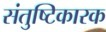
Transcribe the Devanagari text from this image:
संतुष्टिकारक